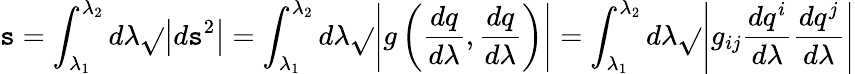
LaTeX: \mathtt{s}=\int_{\lambda_{1}}^{\lambda_{2}}d\lambda{\sqrt{}{{\left|d\mathtt{s}^{2}\right|}}}=\int_{\lambda_{1}}^{\lambda_{2}}d\lambda{\sqrt{}{{\left|g\left({\frac{{dq}}{{d\lambda}}},{\frac{{dq}}{{d\lambda}}}\right)\right|}}}=\int_{\lambda_{1}}^{\lambda_{2}}d\lambda{\sqrt{}{{\left|g_{ij}{\frac{{dq^{i}}}{{d\lambda}}}{\frac{{dq^{j}}}{{d\lambda}}}\right|}}}